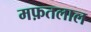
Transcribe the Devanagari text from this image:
मफ़तलाल